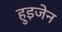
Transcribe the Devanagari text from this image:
हुइजेन